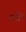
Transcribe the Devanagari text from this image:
वगैेरे